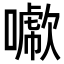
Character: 𠿖